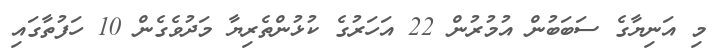
މި އަނިޔާގެ ސަބަބުން އުމުރުން 22 އަހަރުގެ ކުޅުންތެރިޔާ މަދުވެގެން 10 ހަފުތާގައި